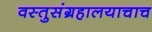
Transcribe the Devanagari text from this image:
वस्तुसंग्रहालयाचाच